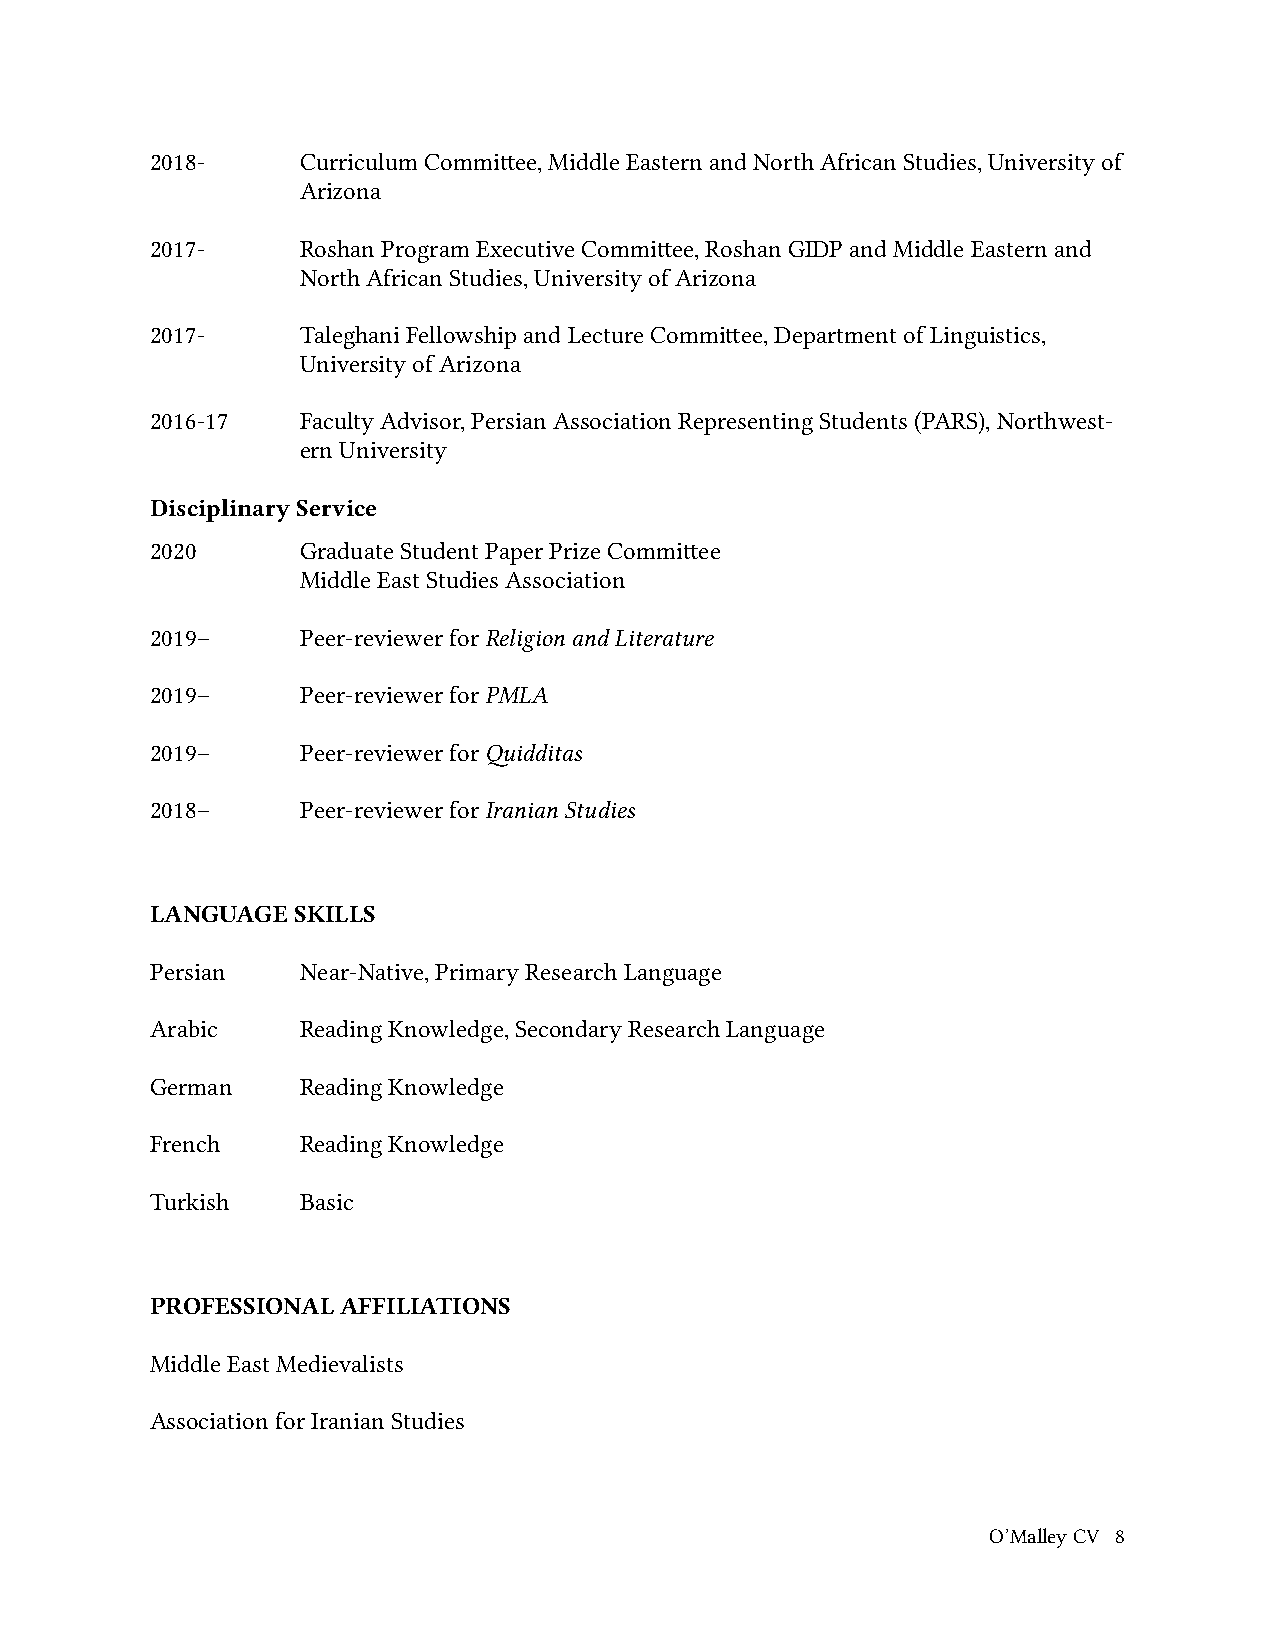
2018-     Curriculum Committee, Middle Eastern and North African Studies, University of
 Arizona
 2017-     Roshan Program Executive Committee, Roshan GIDP and Middle Eastern and
 North African Studies, University of Arizona
 2017-     Taleghani Fellowship and Lecture Committee, Department of Linguistics,
 University of Arizona
 2016-17   Faculty Advisor, Persian Association Representing Students (PARS), Northwest-
 ern University
 Disciplinary Service
 2020      Graduate Student Paper Prize Committee
 Middle East Studies Association
 2019–     Peer-reviewer for Religion and Literature
 2019–     Peer-reviewer for PMLA
 2019–     Peer-reviewer for Quidditas
 2018–     Peer-reviewer for Iranian Studies
 LANGUAGE SKILLS
 Persian   Near-Native, Primary Research Language
 Arabic    Reading Knowledge, Secondary Research Language
 German    Reading Knowledge
 French    Reading Knowledge
 Turkish   Basic
 PROFESSIONAL AFFILIATIONS
 Middle East Medievalists
 Association for Iranian Studies
 O’Malley CV 8